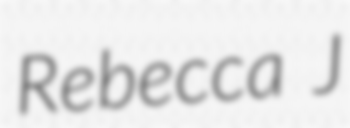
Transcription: Rebecca J